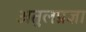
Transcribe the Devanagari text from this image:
अतुलप्रज्ञा